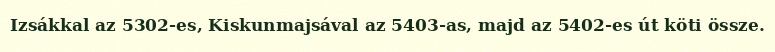
Izsákkal az 5302-es, Kiskunmajsával az 5403-as, majd az 5402-es út köti össze.